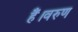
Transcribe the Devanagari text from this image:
हैं।वरुण